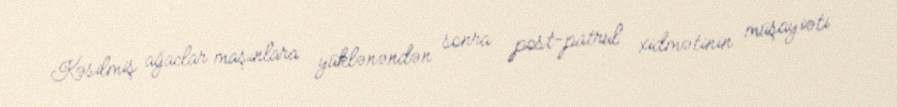
Kəsilmiş ağaclar maşınlara yüklənəndən sonra post-patrul xidmətinin müşayiəti